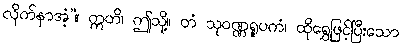
လိုက်နာအံ့”။ ဣတိ၊ ဤသို့။ တံ သုဝဏ္ဏရူပကံ၊ ထိုရွှေဖြင့်ပြီးသော